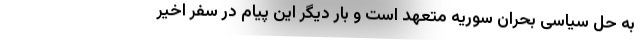
به حل سیاسی بحران سوریه متعهد است و بار دیگر این پیام در سفر اخیر